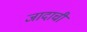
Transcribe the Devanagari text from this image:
जादाची